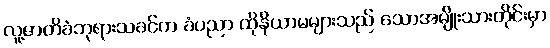
လူ့ဇာတိခံဘုရားသခင်က ခံပညာ ထိုနိယာမများသည် သောအမျိုးသားတိုင်းမှာ